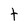
Character: t